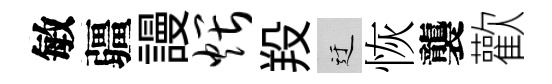
敏疆謾煨羖迂恢襲歡